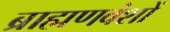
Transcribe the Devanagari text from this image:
ब्राह्मणवंशों